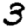
Digit: 3